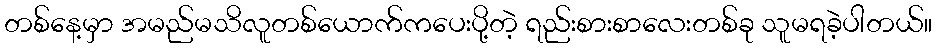
တစ်နေ့မှာ အမည်မသိလူတစ်ယောက်ကပေးပို့တဲ့ ရည်းစားစာလေးတစ်ခု သူမရခဲ့ပါတယ်။